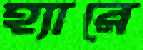
হ্যারে